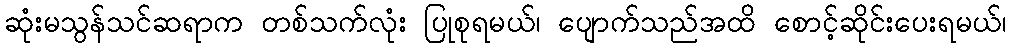
ဆုံးမသွန်သင်ဆရာက တစ်သက်လုံး ပြုစုရမယ်၊ ပျောက်သည်အထိ စောင့်ဆိုင်းပေးရမယ်၊